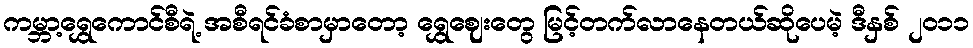
ကမ္ဘာ့ရွှေကောင်စီရဲ့ အစီရင်ခံစာမှာတော့ ရွှေဈေးတွေ မြင့်တက်လာနေတယ်ဆိုပေမဲ့ ဒီနှစ် ၂၀၁၁